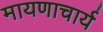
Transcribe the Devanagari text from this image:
मायणाचार्य